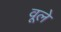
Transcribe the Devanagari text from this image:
वूले